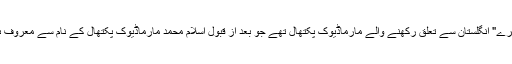
یہ "سَرے" انگلستان سے تعلق رکھنے والے مارماڈیوک پکتھال تھے جو بعد از قبول اسلام محمد مارماڈیوک پکتھال کے نام سے معروف ہوئے۔